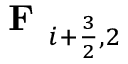
\textbf { F } _ { i + \frac { 3 } { 2 } , 2 }